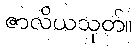
ဇာလိယသုတ်။